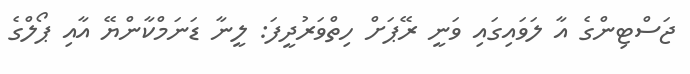
ޖަސްޓިންގެ އާ ލަވައިގައި ވަނީ ރޭޕަށް ހިތްވަރުދީފަ: ލީނާ ޑަނަމްކާންޔޭ އާއި ޕޯލްގެ